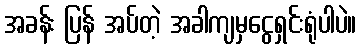
အခန်း ပြန် အပ်တဲ့ အခါကျမှငွေရှင်းရုံပါပဲ။